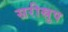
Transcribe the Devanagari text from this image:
सरीस्रुप